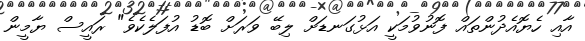
އާއި ހެޔޮއެދުންތައް ފޮނުވުމަކީ އަޅުގަނޑަށް ލިބޭ ވަރަށް ބޮޑު އުފަލެކެވެ" ރައީސް ޔާމީން